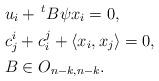
LaTeX: \begin{align*}&u_{i} + \, ^{t}B\psi x_{i} = 0, \\ &c^{i}_{j} + c^{j}_{i} + \langle x_{i}, x_{j} \rangle = 0, \\ &B \in O_{n-k,n-k}. \end{align*}